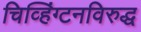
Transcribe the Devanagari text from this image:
चिव्हिंग्टनविरुद्ध